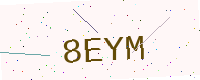
Text: 8EYM